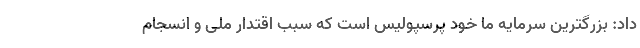
داد: بزرگترین سرمایه ما خود پرسپولیس است که سبب اقتدار ملی و انسجام